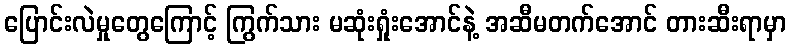
ပြောင်းလဲမှုတွေကြောင့် ကြွက်သား မဆုံးရှုံးအောင်နဲ့ အဆီမတက်အောင် တားဆီးရာမှာ